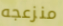
منزعجه